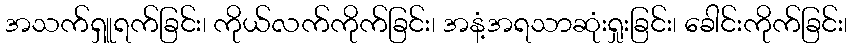
အသက်ရှူရက်ခြင်း၊ ကိုယ်လက်ကိုက်ခြင်း၊ အနံ့အရသာဆုံးရှုးခြင်း၊ ခေါင်းကိုက်ခြင်း၊